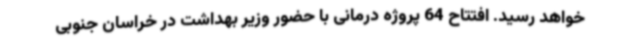
خواهد رسید. افتتاح 64 پروژه درمانی با حضور وزیر بهداشت در خراسان جنوبی